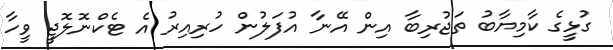
ގުޅީގެ ކާމިޔާބު ތަޖުރިބާ އިން އޭނާ އުފަލުން ހުރިއިރު އެ ޓެކްނޮލޮޖީ ވީހާ